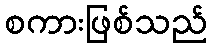
စကားဖြစ်သည်